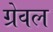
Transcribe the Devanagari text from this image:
ग्रेवल